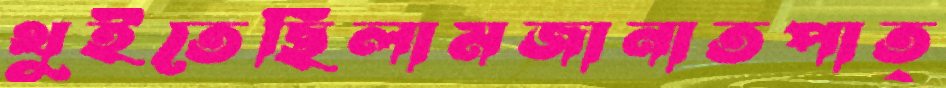
থুইতেছিলামজানাতপাত্